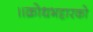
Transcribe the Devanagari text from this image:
॥क्रोधभट्टारको